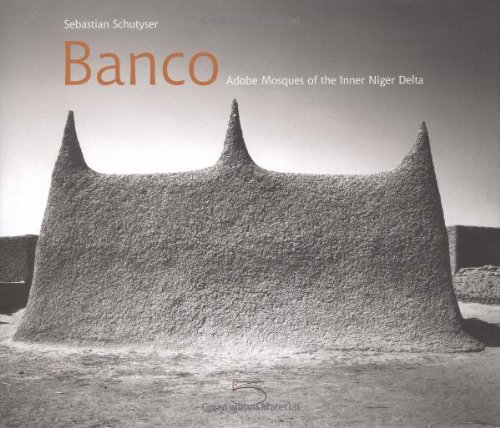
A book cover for Banco: Adobe Mosques of the Inner Niger Delta (Imago Mundi series); Jean Dethier; Travel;